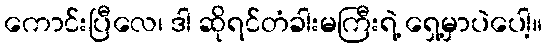
ကောင်းပြီလေ၊ ဒါ ဆိုရင်တံခါးမကြီးရဲ့ ရှေ့မှာပဲပေါ့။